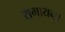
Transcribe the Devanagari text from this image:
रामायन।